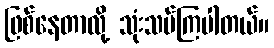
ဖြစ်နေတာလို့ သုံးသပ်ကြပါတယ်။